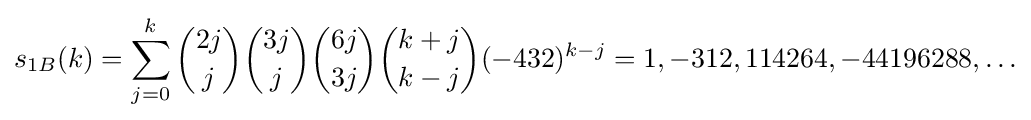
s_{1B}(k)=\sum _{j=0}^{k}{\binom {2j}{j}}{\binom {3j}{j}}{\binom {6j}{3j}}{\binom {k+j}{k-j}}(-432)^{k-j}=1,-312,114264,-44196288,\ldots